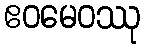
ဧဝမေဝဿု